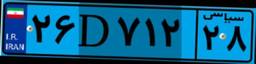
۶۴D۵۸۹۵۳